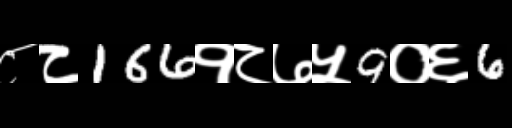
Text: ८८166१८७५9०६6